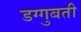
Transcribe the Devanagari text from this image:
डग्गुबती